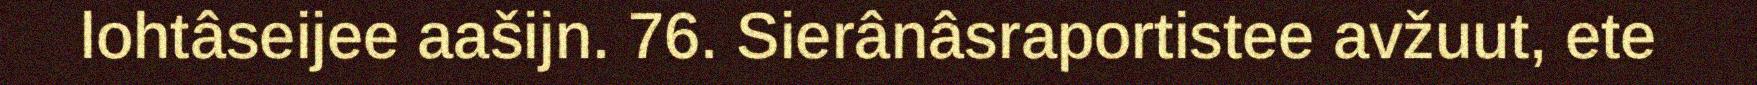
lohtâseijee aašijn. 76. Sierânâsraportistee avžuut, ete